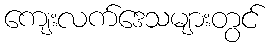
ကျေးလက်ဒေသများတွင်